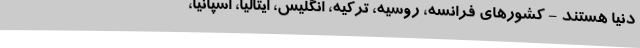
دنیا هستند - کشورهای فرانسه، روسیه، ترکیه، انگلیس، ایتالیا، اسپانیا،